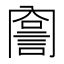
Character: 𧨣